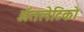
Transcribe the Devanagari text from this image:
ॲतलेटिको